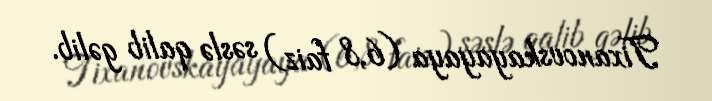
Tixanovskayayaya (6,8 faiz) səslə qalib gəlib.